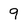
Character: 9